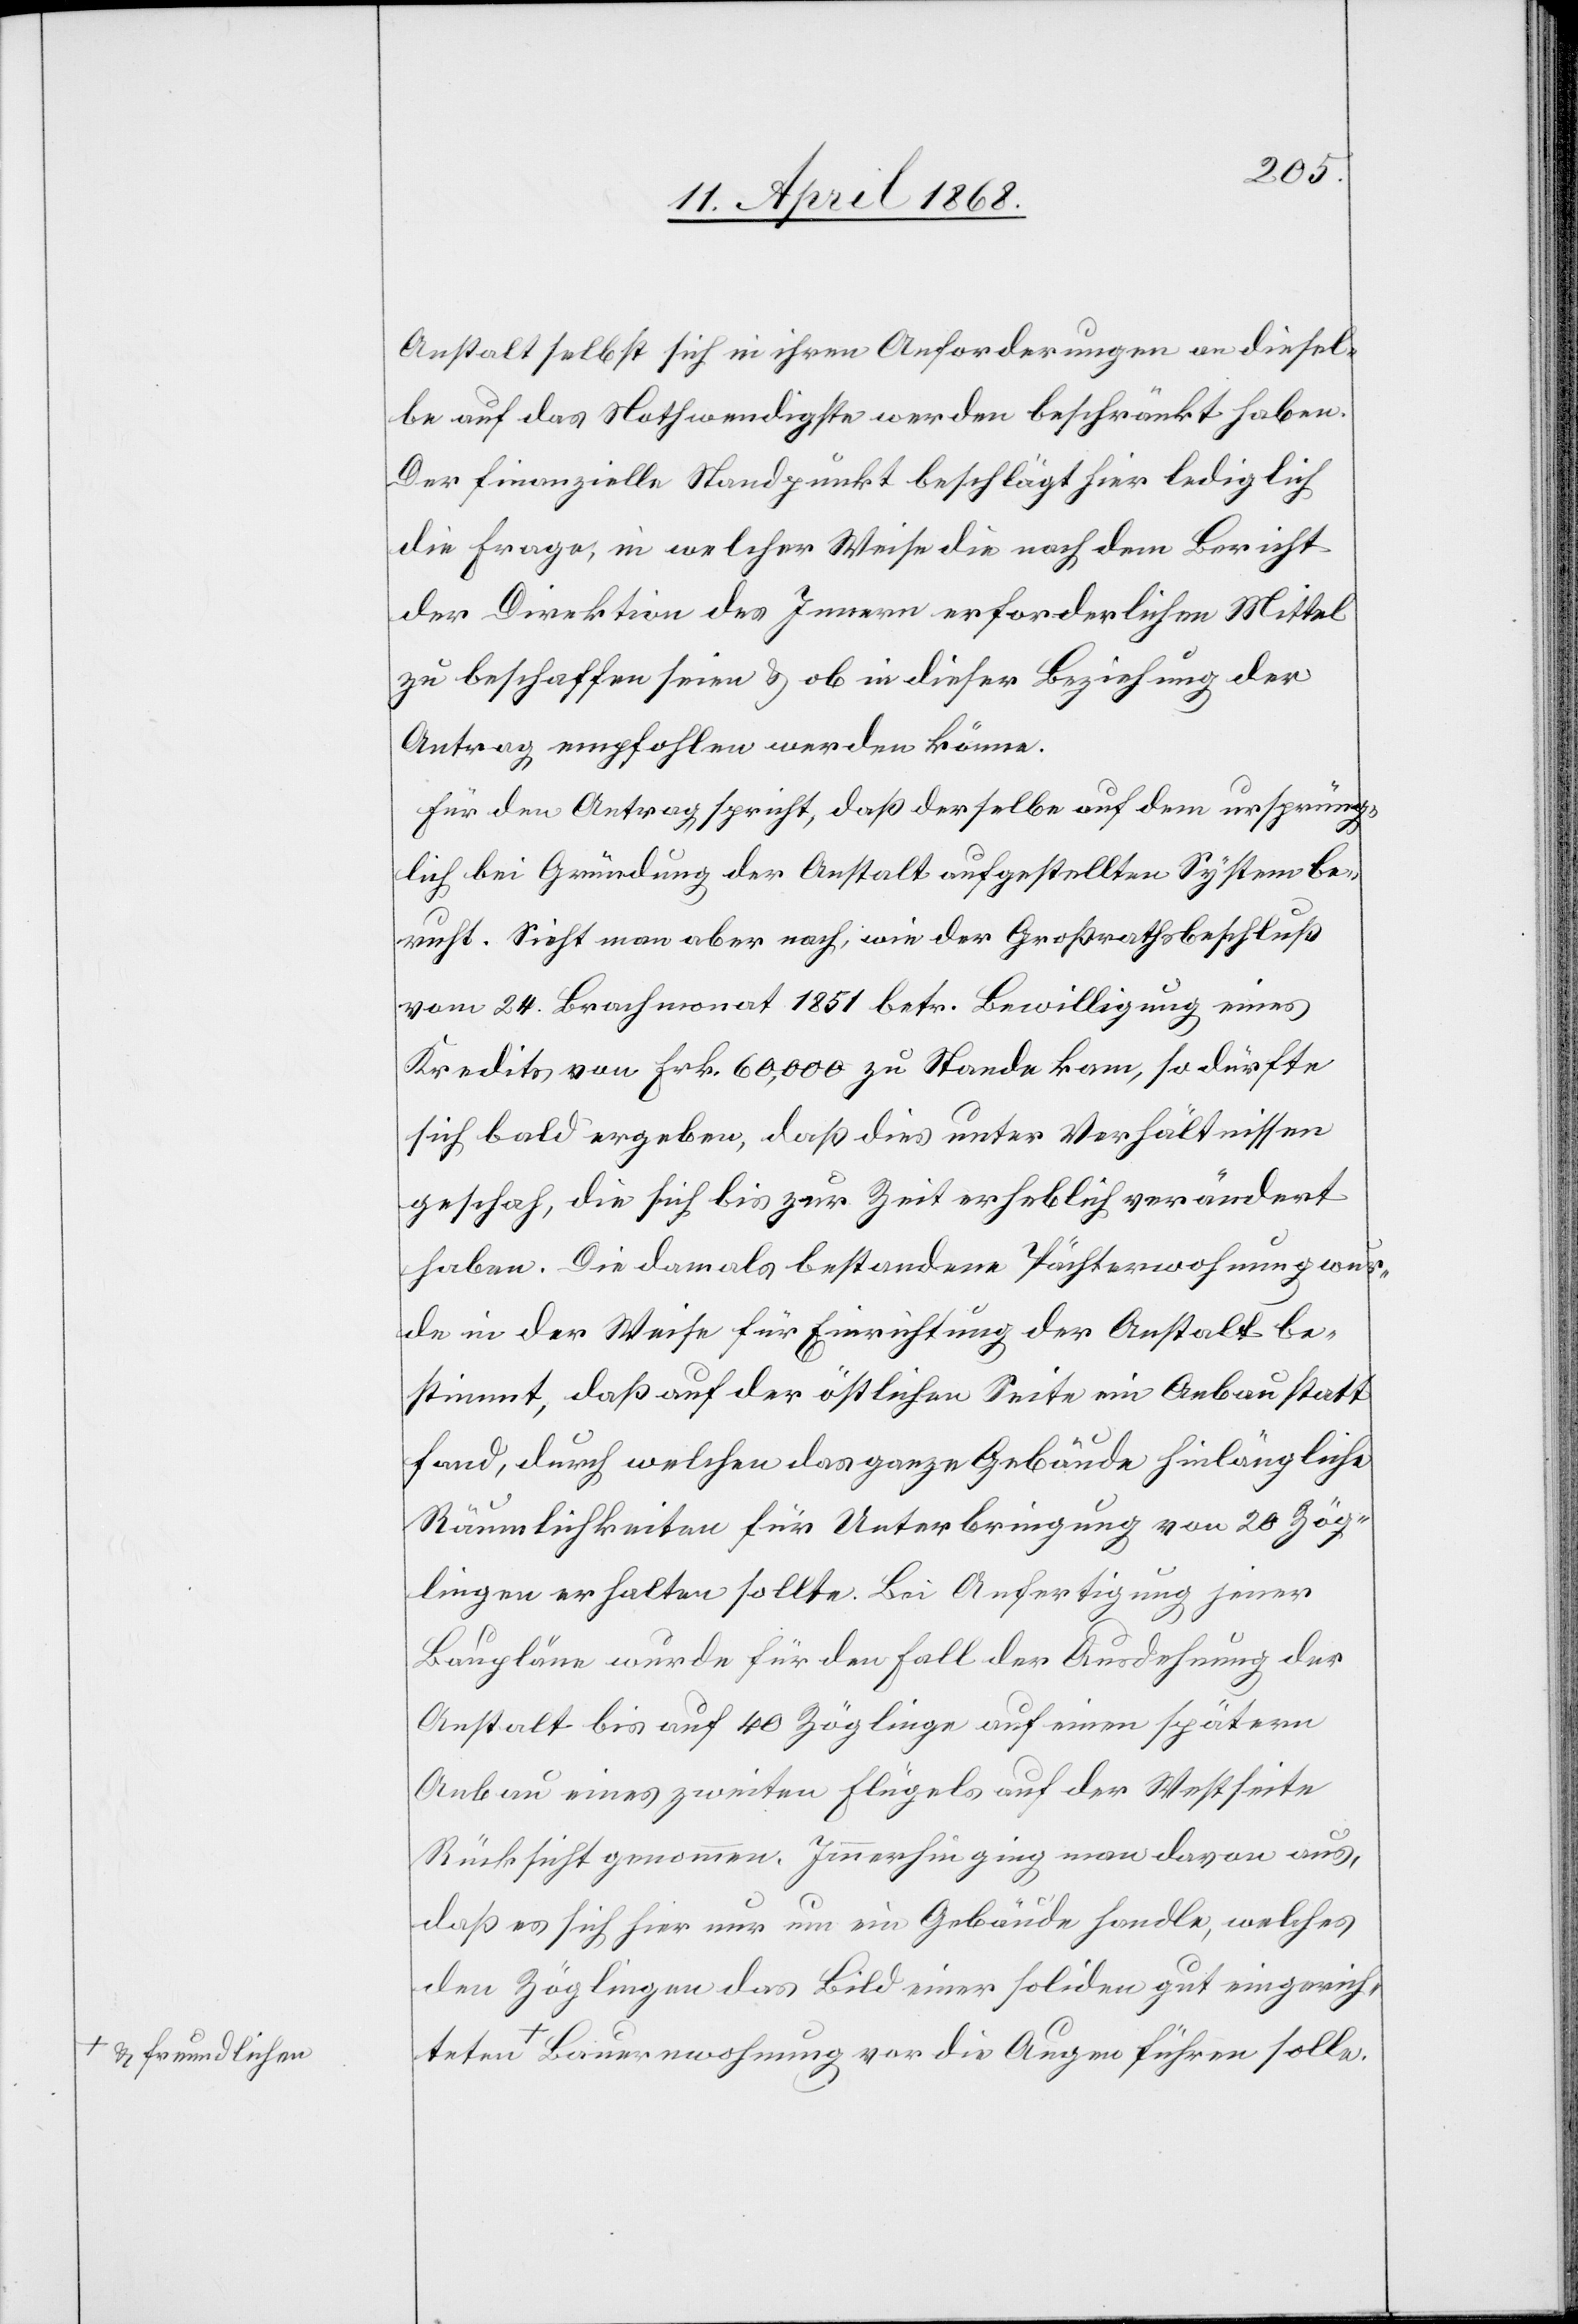
a-& freundlich¬

Anstalt selbst sich in ihren Anforderungen an diesel¬
be auf das Nothwendigste werden beschränkt haben.
Der finanzielle Standpunkt beschlägt hier lediglich
die Frage, in welcher Weise die nach dem Bericht
der Direktion des Innern erforderlichen Mittel
zu beschaffen seien & ob in dieser Beziehung der
Antrag empfohlen werden könne.
Für den Antrag spricht, daß derselbe auf dem ursprüng¬
lich bei Gründung der Anstalt aufgestellten System be¬
ruht. Sieht man aber nach, wie der Großrathsbeschluß
vom 24. Brachmonat 1851 betr. Bewilligung eines
Kredits von Frk. 60,000 zu Stande kam, so dürfte
sich bald ergeben, daß dies unter Verhältnissen
geschah, die sich bis zur Zeit erheblich verändert
haben. Die damals bestandene Pächterwohnung wur¬
de in der Weise für Einrichtung der Anstalt be¬
stimmt, daß auf der östlichen Seite ein Anbau statt
fand, durch welchen das ganze Gebäude hinlängliche
Räumlichkeiten für Unterbringung von 20 Zög¬
lingen erhalten sollte. Bei Anfertigung jener
Baupläne wurde für den Fall der Ausdehnung der
Anstalt bis auf 40 Zöglinge auf einen spätern
Anbau eines zweiten Flügels auf der Westseite
Rücksicht genommen. Immerhin ging man davon aus,
daß es sich hier nur um ein Gebäude handle, welches
den Zöglingen das Bild einer soliden gut eingerichteten
en-a Bauernwohnung vor die Augen führen solle.